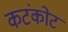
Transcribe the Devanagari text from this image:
कटंकोट